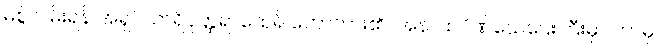
မစွဲလမ်းရန် အရှင်သာရိပုတ္တရာထေရ် ဟောတား၏။ အနာထပိဏ်သေဌေးကြီးမှာ ဘာမှ